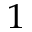
^ 1